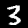
Label: 3